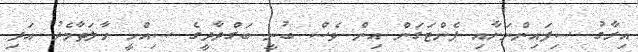
އިރާގު ސިފައިންނަށާއި ޕެންޓަގަން އިން ވެސް ބުނީ ބަގްދާދީގެ ސިއްހީ ހާލަތާމެދު އަދި